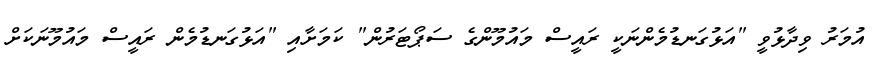
އުމަރު ވިދާޅުވީ "އަޅުގަނޑުމެންނަކީ ރައީސް މައުމޫންގެ ސަޕޯޓަރުން" ކަމަށާއި "އަޅުގަނޑުމެން ރައީސް މައުމޫނަކަށް